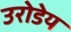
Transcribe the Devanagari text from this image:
उरोडेय